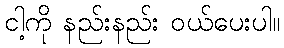
ငါ့ကို နည်းနည်း ဝယ်ပေးပါ။